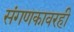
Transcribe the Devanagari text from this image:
संगणकावरही